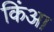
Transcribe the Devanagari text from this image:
किंआ